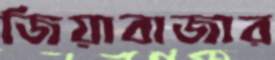
জিয়াবাজার